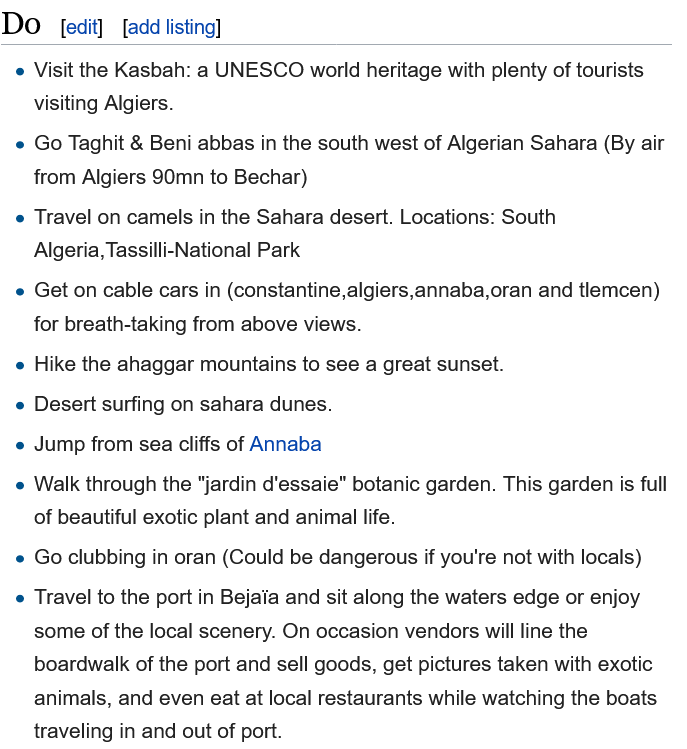
e Visit the Kasbah: a UNESCO world heritage with plenty of tourists
    visiting Algiers.
  e Go Taghit & Beni abbas in the south west of Algerian Sahara (By air
    from Algiers 90mn to Bechar)
  e Travel on camels in the Sahara desert. Locations: South
    Algeria, Tassilli-National Park
  e Get on cable cars in (constantine,algiers,annaba,oran and tlemcen)
    for breath-taking from above views.
  e Hike the ahaggar mountains to see a great sunset.
  e Desert surfing on sahara dunes.
  e Jump from sea cliffs of Annaba
  e Walk through the "jardin d'essaie" botanic garden. This garden is full
    of beautiful exotic plant and animal life.
  e Travel to the port in Bejaia and sit along the waters edge or enjoy
    some of the local scenery. On occasion vendors will line the
    boardwalk of the port and sell goods, get pictures taken with exotic
    animals, and even eat at local restaurants while watching the boats
    traveling in and out of port.
  e Go clubbing in oran (Could be dangerous if you're not with locals)
  Do  edit] [add listing]